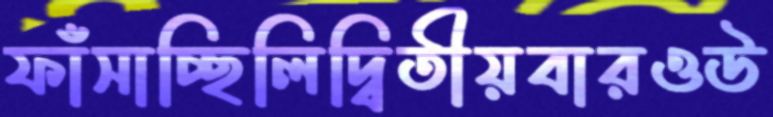
ফাঁসাচ্ছিলিদ্বিতীয়বারওউ